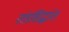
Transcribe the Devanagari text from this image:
तंत्रसिद्धांत